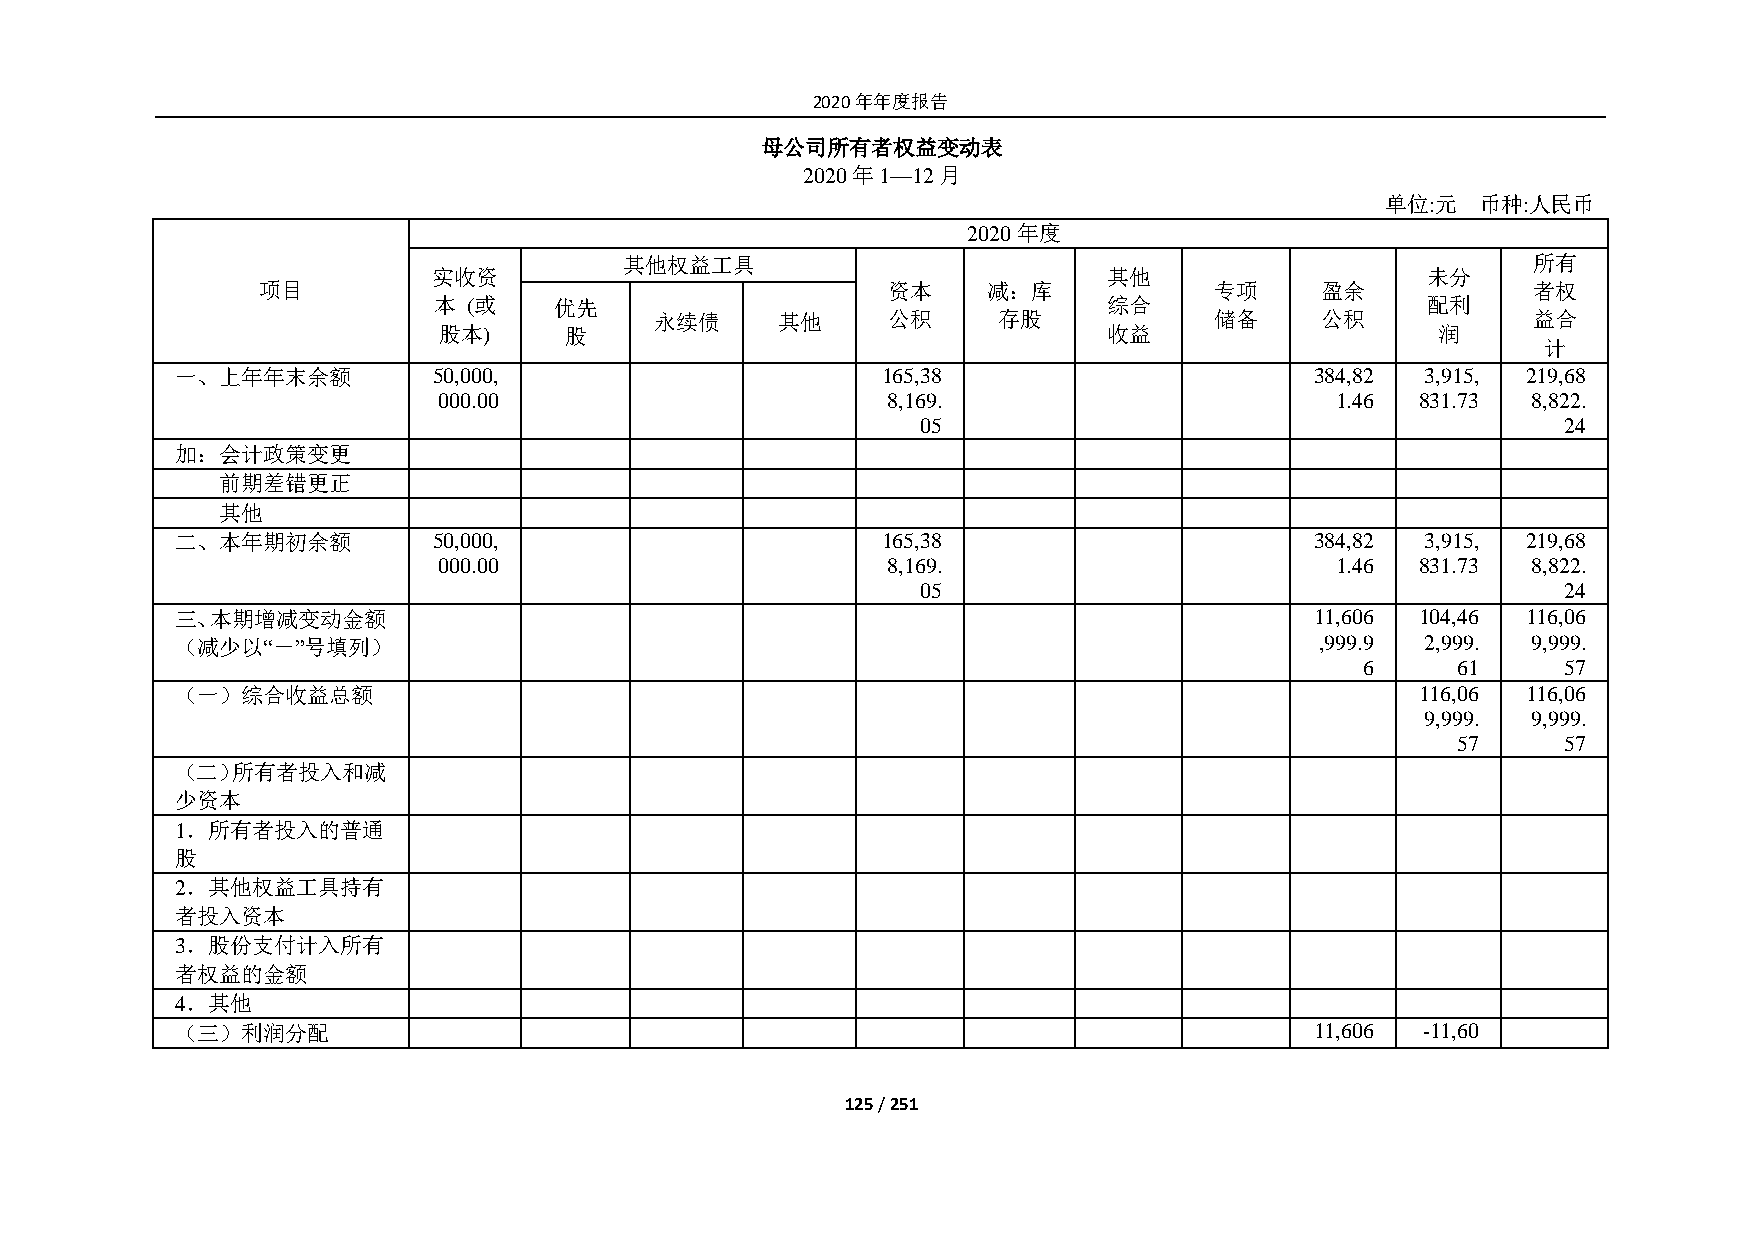
2020年年度报告
 母公司所有者权益变动表
 2020年1—12月
 单位:元  币种:人民币
 2020年度
 其他权益工具                                                      所有
 实收资                                         其他                   未分
 项目                                        资本    减：库            专项     盈余            者权
 本 (或    优先                                  综合                   配利
 永续债     其他      公积     存股            储备     公积            益合
 股本)     股                                   收益                    润
 计
 一、上年年末余额         50,000,                      165,38                       384,82 3,915, 219,68
 000.00                        8,169.                       1.46  831.73 8,822.
 05                                        24
 加：会计政策变更
 前期差错更正
 其他
 二、本年期初余额         50,000,                      165,38                       384,82 3,915, 219,68
 000.00                        8,169.                       1.46  831.73 8,822.
 05                                        24
 三、本期增减变动金额                                                                 11,606 104,46 116,06
 （减少以“－”号填列）                                                                ,999.9 2,999. 9,999.
 6     61     57
 （一）综合收益总额                                                                         116,06 116,06
 9,999. 9,999.
 57     57
 （二）所有者投入和减
 少资本
 1．所有者投入的普通
 股
 2．其他权益工具持有
 者投入资本
 3．股份支付计入所有
 者权益的金额
 4．其他
 （三）利润分配                                                                    11,606 -11,60
 125 / 251